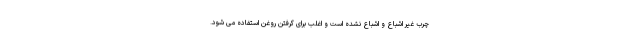
چرب غیر اشباع و اشباع نشده است و اغلب برای گرفتن روغن استفاده می شود.